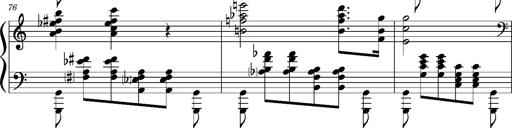
Title: PrÃ©ludes et Harmonies poÃ©tiques et religieuses
Composer: Franz Liszt